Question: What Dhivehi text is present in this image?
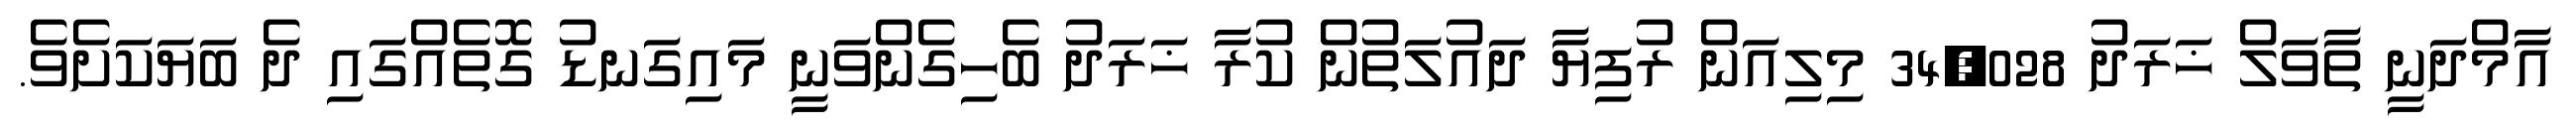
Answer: އާމްދަނީ ތާވަލް ޚަރަދު 34,028 މިލިއަން ރުފިޔާ ދައުލަތުން ކުރާ ޚަރަދު ބެހިގެންވަނީ މައިގަނޑު ގޮތެއްގައި ދެ ބަޔަކަށެވެ.